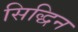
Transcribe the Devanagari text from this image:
सिद्धिन